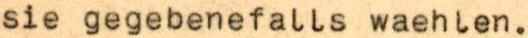
sie gegebenefalls waehlen.